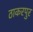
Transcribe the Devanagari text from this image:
ठाकरपुर